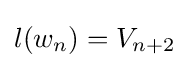
l(w_{n})=V_{n+2}